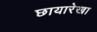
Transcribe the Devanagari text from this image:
छायारेखा